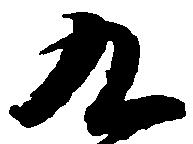
九